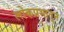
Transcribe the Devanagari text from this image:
लोकप्रभातून